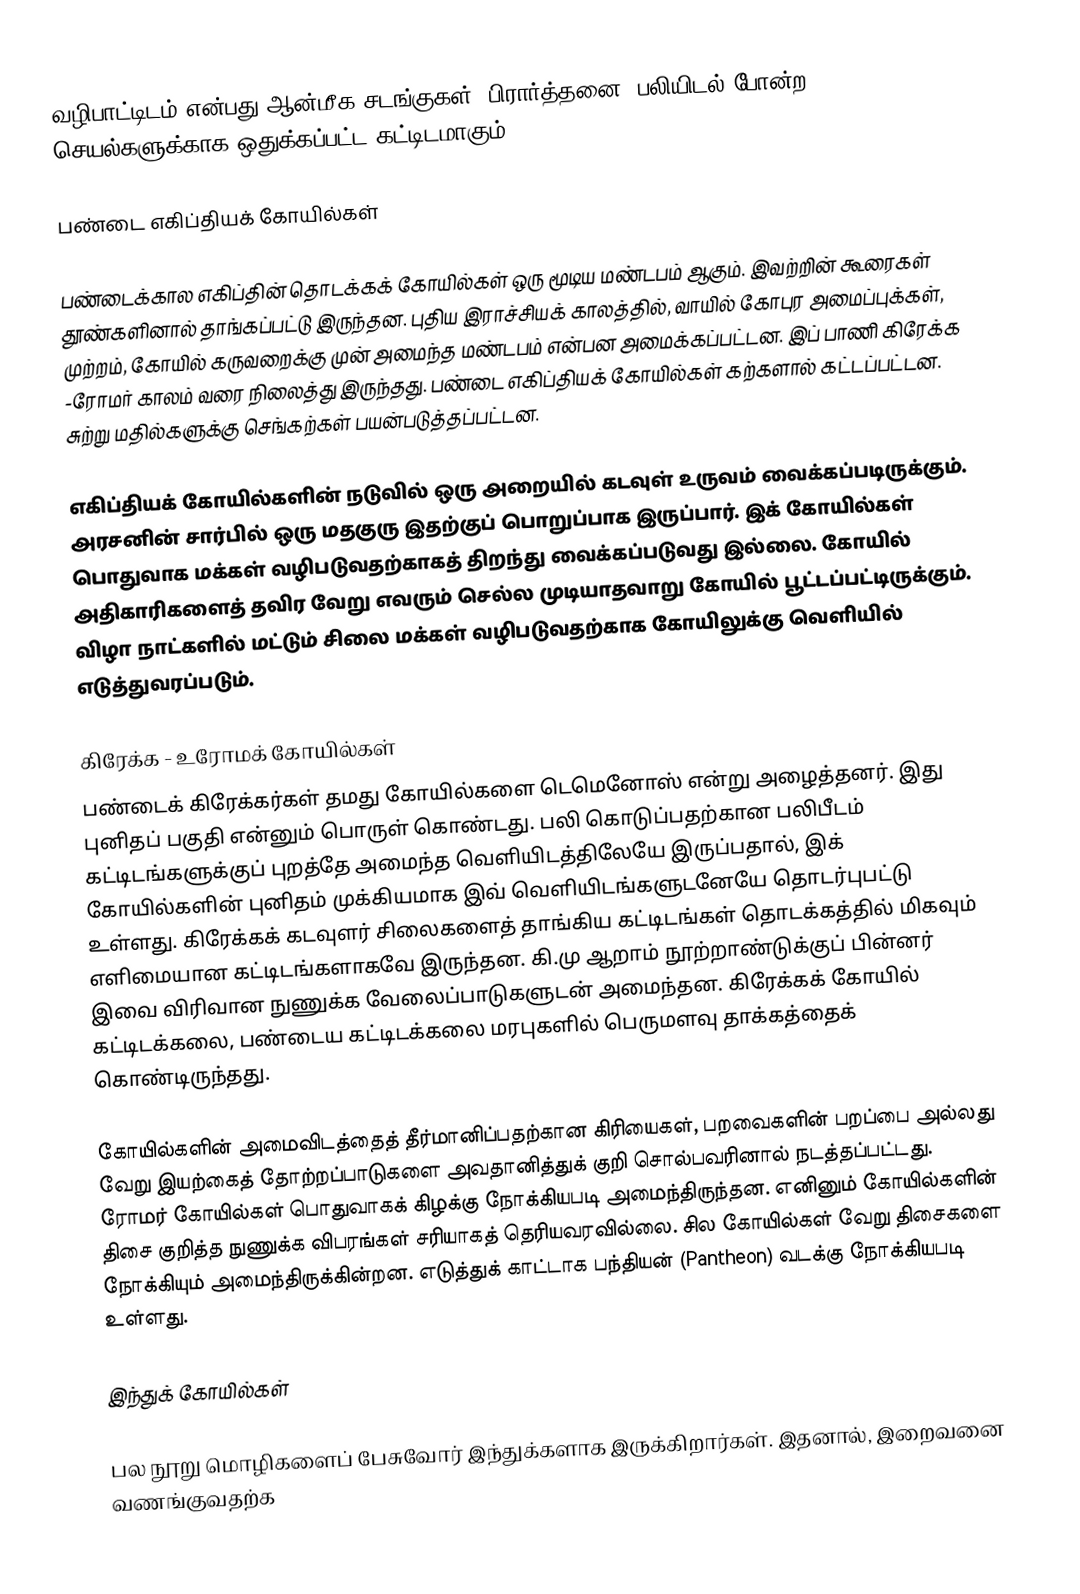
வழிபாட்டிடம் என்பது ஆன்மீக சடங்குகள், பிரார்த்தனை, பலியிடல் போன்ற செயல்களுக்காக ஒதுக்கப்பட்ட கட்டிடமாகும்.

பண்டை எகிப்தியக் கோயில்கள்

பண்டைக்கால எகிப்தின் தொடக்கக் கோயில்கள் ஒரு மூடிய மண்டபம் ஆகும். இவற்றின் கூரைகள் தூண்களினால் தாங்கப்பட்டு இருந்தன. புதிய இராச்சியக் காலத்தில், வாயில் கோபுர அமைப்புக்கள், முற்றம், கோயில் கருவறைக்கு முன் அமைந்த மண்டபம் என்பன அமைக்கப்பட்டன. இப் பாணி கிரேக்க -ரோமர் காலம் வரை நிலைத்து இருந்தது. பண்டை எகிப்தியக் கோயில்கள் கற்களால் கட்டப்பட்டன. சுற்று மதில்களுக்கு செங்கற்கள் பயன்படுத்தப்பட்டன.

எகிப்தியக் கோயில்களின் நடுவில் ஒரு அறையில் கடவுள் உருவம் வைக்கப்படிருக்கும். அரசனின் சார்பில் ஒரு மதகுரு இதற்குப் பொறுப்பாக இருப்பார். இக் கோயில்கள் பொதுவாக மக்கள் வழிபடுவதற்காகத் திறந்து வைக்கப்படுவது இல்லை. கோயில் அதிகாரிகளைத் தவிர வேறு எவரும் செல்ல முடியாதவாறு கோயில் பூட்டப்பட்டிருக்கும். விழா நாட்களில் மட்டும் சிலை மக்கள் வழிபடுவதற்காக கோயிலுக்கு வெளியில் எடுத்துவரப்படும்.

கிரேக்க - உரோமக் கோயில்கள்
பண்டைக் கிரேக்கர்கள் தமது கோயில்களை டெமெனோஸ் என்று அழைத்தனர். இது புனிதப் பகுதி என்னும் பொருள் கொண்டது. பலி கொடுப்பதற்கான பலிபீடம் கட்டிடங்களுக்குப் புறத்தே அமைந்த வெளியிடத்திலேயே இருப்பதால், இக் கோயில்களின் புனிதம் முக்கியமாக இவ் வெளியிடங்களுடனேயே தொடர்புபட்டு உள்ளது. கிரேக்கக் கடவுளர் சிலைகளைத் தாங்கிய கட்டிடங்கள் தொடக்கத்தில் மிகவும் எளிமையான கட்டிடங்களாகவே இருந்தன. கி.மு ஆறாம் நூற்றாண்டுக்குப் பின்னர் இவை விரிவான நுணுக்க வேலைப்பாடுகளுடன் அமைந்தன. கிரேக்கக் கோயில் கட்டிடக்கலை, பண்டைய கட்டிடக்கலை மரபுகளில் பெருமளவு தாக்கத்தைக் கொண்டிருந்தது.

கோயில்களின் அமைவிடத்தைத் தீர்மானிப்பதற்கான கிரியைகள், பறவைகளின் பறப்பை அல்லது வேறு இயற்கைத் தோற்றப்பாடுகளை அவதானித்துக் குறி சொல்பவரினால் நடத்தப்பட்டது. ரோமர் கோயில்கள் பொதுவாகக் கிழக்கு நோக்கியபடி அமைந்திருந்தன. எனினும் கோயில்களின் திசை குறித்த நுணுக்க விபரங்கள் சரியாகத் தெரியவரவில்லை. சில கோயில்கள் வேறு திசைகளை நோக்கியும் அமைந்திருக்கின்றன. எடுத்துக் காட்டாக பந்தியன் (Pantheon) வடக்கு நோக்கியபடி உள்ளது.

இந்துக் கோயில்கள்

பல நூறு மொழிகளைப் பேசுவோர் இந்துக்களாக இருக்கிறார்கள். இதனால், இறைவனை வணங்குவதற்க